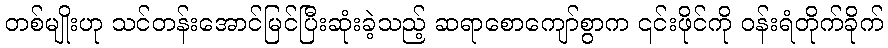
တစ်မျိုးဟု သင်တန်းအောင်မြင်ပြီးဆုံးခဲ့သည့် ဆရာစောကျော်စွာက ၎င်းဖိုင်ကို ဝန်းရံတိုက်ခိုက်